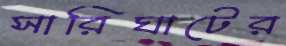
সারিঘাটের